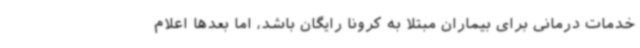
خدمات درمانی برای بیماران مبتلا به کرونا رایگان باشد، اما بعدها اعلام